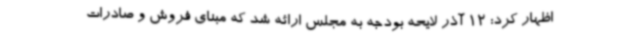
اظهار کرد: 12 آذر لایحه بودجه به مجلس ارائه شد که مبنای فروش و صادرات